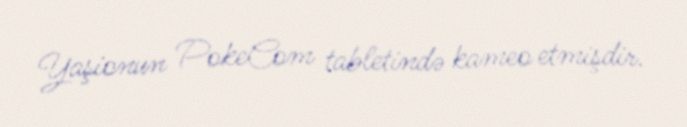
Yaşionun PokeCom tabletində kameo etmişdir.